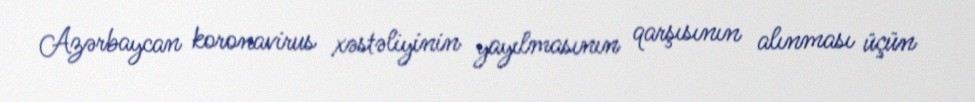
Azərbaycan koronavirus xəstəliyinin yayılmasının qarşısının alınması üçün